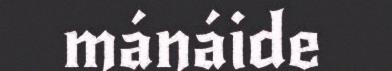
mánáide